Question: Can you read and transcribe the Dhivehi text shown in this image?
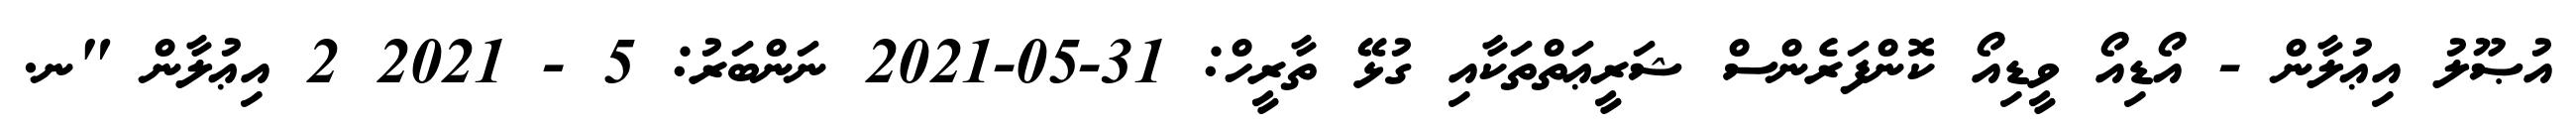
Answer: އުޞޫލު އިޢުލާން - އޯޑިއޯ ވީޑިއޯ ކޮންފަރެންސް ޝަރީޢަތްތަކާއި ގުޅޭ ތާރީހް: 31-05-2021 ނަންބަރު: 5 - 2021 2 އިޢުލާން "ނ.